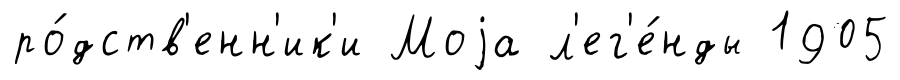
ро́дств'енн'ик'и Моjа л'ег'е́нды 1905